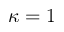
\kappa = 1